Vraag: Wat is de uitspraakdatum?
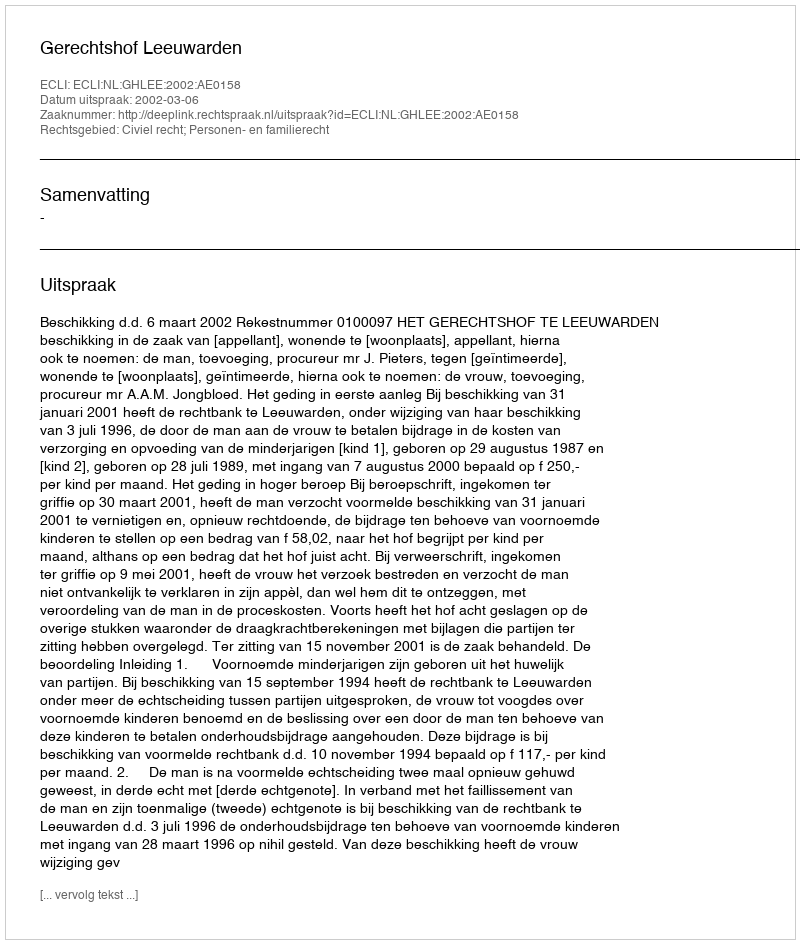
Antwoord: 2002-03-06